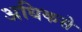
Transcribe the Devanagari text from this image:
अधिकसे